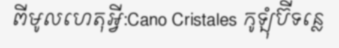
ពីមូលហេតុអ្វី:Cano Cristales កូឡុំប៊ីទន្លេ